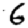
Digit: 6